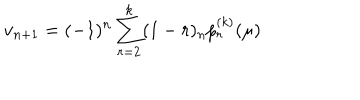
LaTeX: v _ { n + 1 } = ( - 1 ) ^ { n } \sum _ { r = 2 } ^ { k } ( 1 - r ) _ { n } p _ { r } ^ { ( k ) } ( \mu )